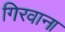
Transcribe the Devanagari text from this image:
गिरवाना